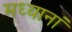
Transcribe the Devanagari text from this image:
मध्यानां